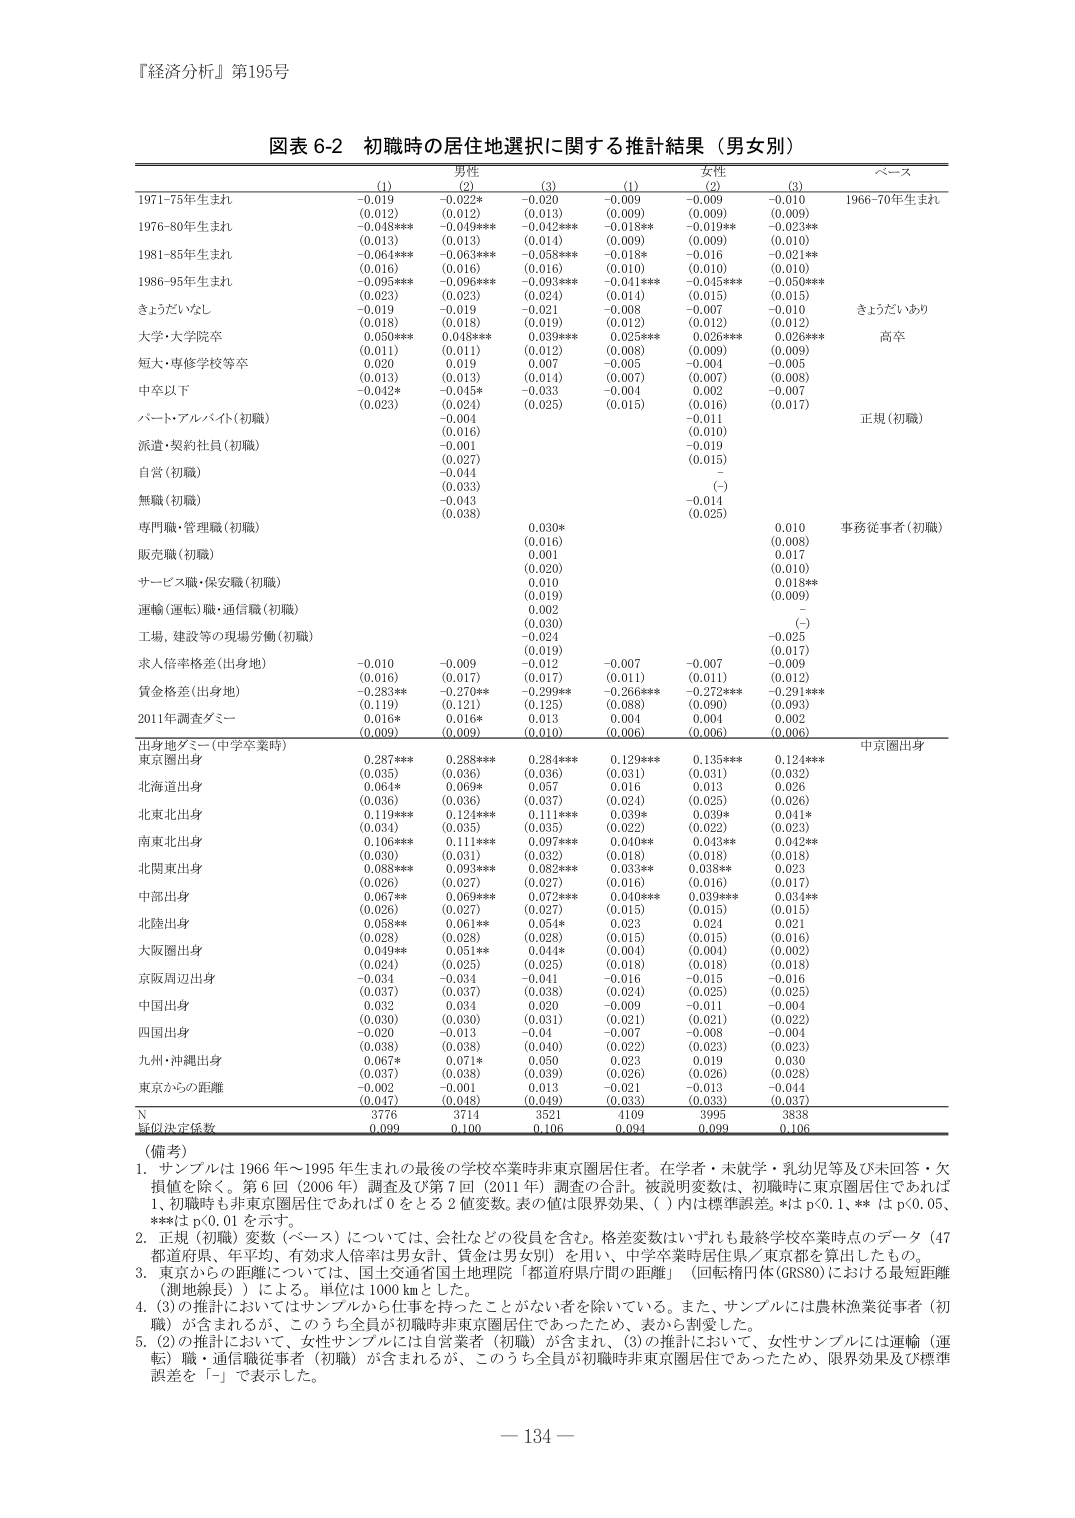
『経済分析』第195号

図表 6-2 初職時の居住地選択に関する推計結果（男女別）

男性
(1)        (2)        (3)
1971-75年生まれ    -0.019    -0.022*    -0.020
                (0.012)    (0.012)    (0.013)
1976-80年生まれ    -0.048***    -0.049***    -0.042***
                (0.013)    (0.014)    (0.014)
1981-85年生まれ    -0.064***    -0.063***    -0.058***
                (0.016)    (0.016)    (0.016)
1986-95年生まれ    -0.095***    -0.096***    -0.093***
                (0.023)    (0.023)    (0.024)
きょうだいなし    -0.019    -0.019    -0.021
                (0.018)    (0.018)    (0.019)
大学・大学院卒    0.050***    0.048***    0.039***
                (0.011)    (0.011)    (0.012)
短大・専修学校等卒    0.020    0.019    0.007
                (0.013)    (0.013)    (0.014)
中卒以下    -0.042*    -0.045*    -0.033
                (0.023)    (0.024)    (0.025)
パート・アルバイト（初職）    -0.004
                (0.016)
派遣・契約社員（初職）    -0.001
                (0.027)
自営（初職）    -0.044
                (0.033)
無職（初職）    -0.043
                (0.038)
専門職・管理職（初職）    0.030*
                (0.016)
販売職（初職）    0.001
                (0.020)
サービス職・保安職（初職）    0.010
                (0.019)
運輸（運転）職・通信職（初職）    0.002
                (0.030)
工場、建設等の現場労働（初職）    -0.024
                (0.019)
求人倍率格差（出身地）    -0.010    -0.009    -0.012
                (0.016)    (0.017)    (0.017)
賃金格差（出身地）    -0.283**    -0.270**    -0.299**
                (0.119)    (0.121)    (0.125)
2011年調査ダミー    0.016*    0.016*    0.013
                (0.009)    (0.009)    (0.010)

女性
(1)        (2)        (3)
-0.009    -0.009    -0.010
(0.009)    (0.009)    (0.009)
-0.018**    -0.019**    -0.023**
(0.009)    (0.009)    (0.010)
-0.018*    -0.016    -0.021**
(0.010)    (0.010)    (0.010)
-0.041***    -0.045***    -0.050***
(0.014)    (0.015)    (0.015)
-0.008    -0.007    -0.010
(0.012)    (0.012)    (0.012)
0.025***    0.026***    0.026***
(0.008)    (0.009)    (0.009)
-0.005    -0.004    -0.005
(0.007)    (0.007)    (0.008)
-0.004    0.002    -0.007
(0.015)    (0.016)    (0.017)
-0.011
(0.010)
-0.019
(0.015)
-
(-)
-0.014
(0.025)
0.010
(0.008)
0.017
(0.010)
0.010
(0.018**)
(-)
-0.025
(0.017)
-0.007    -0.007    -0.009
(0.011)    (0.011)    (0.012)
-0.266***    -0.272***    -0.291***
(0.088)    (0.090)    (0.093)
0.004    0.004    0.002
(0.006)    (0.006)    (0.006)

ベース
1966-70年生まれ
きょうだいあり
高卒
正規（初職）
事務従事者（初職）
中京圏出身

出身地ダミー（中学卒業時）
東京圏出身    0.287***    0.288***    0.284***
                (0.035)    (0.036)    (0.036)
北海道出身    0.064*    0.069*    0.057
                (0.036)    (0.036)    (0.037)
北東北出身    0.119***    0.124***    0.111***
                (0.034)    (0.035)    (0.035)
南東北出身    0.106***    0.111***    0.097***
                (0.030)    (0.031)    (0.032)
北関東出身    0.088***    0.093***    0.082***
                (0.026)    (0.027)    (0.027)
中部出身    0.067**    0.069***    0.072***
                (0.026)    (0.027)    (0.027)
北陸出身    0.058**    0.061**    0.054*
                (0.028)    (0.029)    (0.028)
大阪圏出身    0.049**    0.051**    0.044*
                (0.024)    (0.025)    (0.025)
京阪周辺出身    -0.034    -0.034    -0.041
                (0.037)    (0.037)    (0.038)
中国出身    0.032    0.034    0.020
                (0.030)    (0.030)    (0.031)
四国出身    -0.020    -0.013    -0.04
                (0.038)    (0.038)    (0.040)
九州・沖縄出身    0.067*    0.071*    0.050
                (0.037)    (0.038)    (0.039)
東京からの距離    -0.002    -0.001    0.013
                (0.047)    (0.048)    (0.049)

N    3776    3714    3521    4109    3995    3838
擬似決定係数    0.099    0.100    0.106    0.094    0.099    0.106

（備考）
1. サンプルは 1966 年～1995 年生まれの最後の学校卒業時非東京圏居住者。在学者・未就学・乳幼児等及び未回答・欠損値を除く。第 6 回（2006 年）調査及び第 7 回（2011 年）調査の合計。被説明変数は、初職時に東京圏居住であれば 1、初職時に非東京圏居住であれば 0 をとる 2 値変数。表の値は限界効果、（ ）内は標準誤差。*は p<0.1、** は p<0.05、***は p<0.01 を示す。
2. 正規（初職）変数（ベース）については、会社などの役員を含む。格差変数はいずれも最終学校卒業時点のデータ（47 都道府県、年平均、有効求人倍率は男女計、賃金は男女別）を用い、中学卒業時居住県／東京都を算出したもの。
3. 東京からの距離については、国土交通省国土土地理院「都道府県庁間の距離」（回転楕円体 GRS80）における最短距離（測地線長）による。単位は 1000 km とした。
4. (3)の推計においてはサンプルから仕事を持ったことがない者を除いている。また、サンプルには農林漁業従事者（初職）が含まれるが、このうち全員が初職時非東京圏居住であったため、表から割愛した。
5. (2)の推計において、女性サンプルには自営業者（初職）が含まれ、(3)の推計において、女性サンプルには運輸（運転）職・通信職従事者（初職）が含まれるが、このうち全員が初職時非東京圏居住であったため、限界効果及び標準誤差を「-」で表示した。

－134－